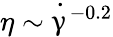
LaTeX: \eta\sim\dot{\upgamma}^{-0.2}